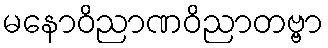
မနောဝိညာဏဝိညာတဗ္ဗာ